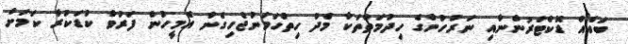
ބައެއް ޑޮކްޓަރުންނާއި ނަރުހުންގެ ހިދުމަތްތަކާ މެދު ހިތްހަމަނުޖެހިގެން އެމީހުން ފަރުވާ ކުޑަކުރާ ކަމަށް